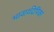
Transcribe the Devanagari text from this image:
भावार्थदेपिका